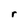
Character: r